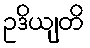
ဥဒိယျတိ